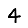
Digit: 4